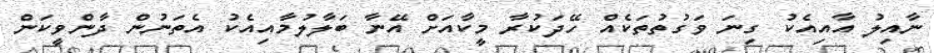
ނާއިލު އާއިއެކު ގިނަ ވަގުތުތަކެއް ހޭދަކުރާ މީކާއަށް އޭނާ ބަލާލުމާއިއެކު އެތަނުން ދާންވީކަން